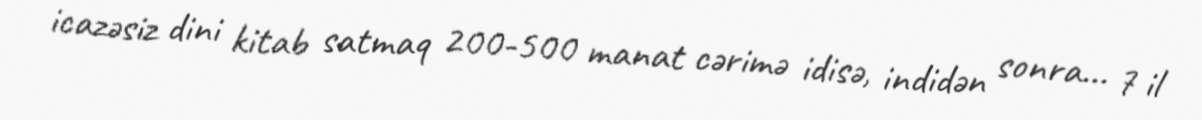
icazəsiz dini kitab satmaq 200-500 manat cərimə idisə, indidən sonra... 7 il